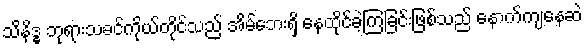
သိနိဒ္ဓ ဘုရားသခင်ကိုယ်တိုင်သည် အိမ်ဘေးရှိ နေထိုင်ခဲ့ကြခြင်းဖြစ်သည် နောက်ကျနေဆဲ